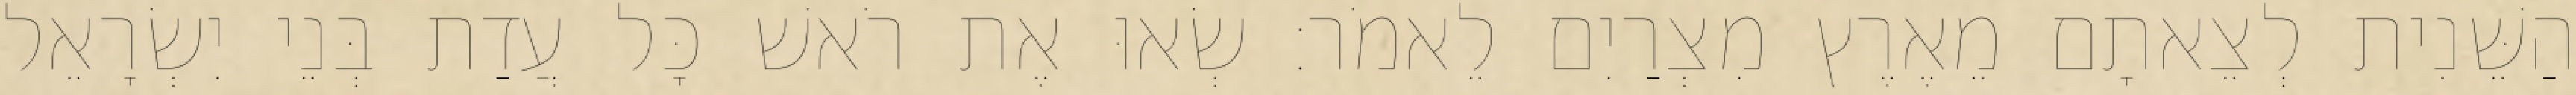
הַשֵּׁנִית לְצֵאתָם מֵאֶרֶץ מִצְרַיִם לֵאמֹר׃ שְׂאוּ אֶת רֹאשׁ כָּל עֲדַת בְּנֵי יִשְׂרָאֵל